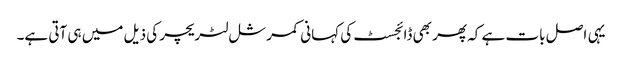
یہی اصل بات ہے کہ پھر بھی ڈائجسٹ کی کہانی کمرشل لٹریچر کی ذیل میں ہی آتی ہے۔